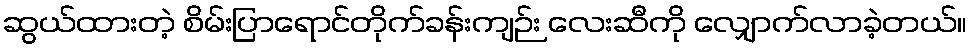
ဆွယ်ထားတဲ့ စိမ်းပြာရောင်တိုက်ခန်းကျဉ်း လေးဆီကို လျှောက်လာခဲ့တယ်။